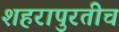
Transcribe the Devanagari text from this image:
शहरापुरतीच